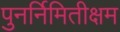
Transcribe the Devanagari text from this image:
पुनर्निमितीक्षम